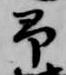
予